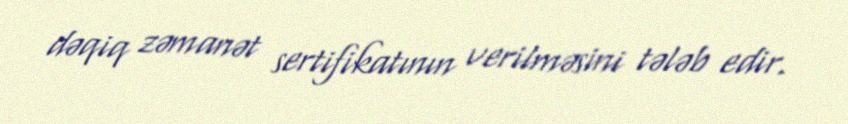
dəqiq zəmanət sertifikatının verilməsini tələb edir.